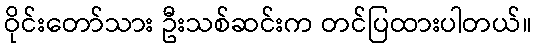
ဝိုင်းတော်သား ဦးသစ်ဆင်းက တင်ပြထားပါတယ်။